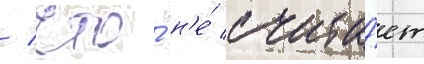
/ что́ н'е́ счита́ет